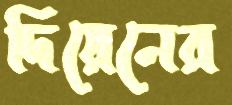
দিয়েনের